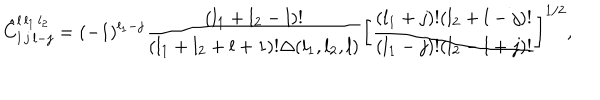
LaTeX: \hat { C } _ { l \, j \, l - j } ^ { l \, l _ { 1 } \, l _ { 2 } } = ( - 1 ) ^ { l _ { 1 } - j } { \frac { ( l _ { 1 } + l _ { 2 } - l ) ! } { ( l _ { 1 } + l _ { 2 } + l + 1 ) ! \Delta ( l _ { 1 } , l _ { 2 } , l ) } } \left[ { \frac { ( l _ { 1 } + j ) ! ( l _ { 2 } + l - j ) ! } { ( l _ { 1 } - j ) ! ( l _ { 2 } - l + j ) ! } } \right] ^ { 1 / 2 } ,